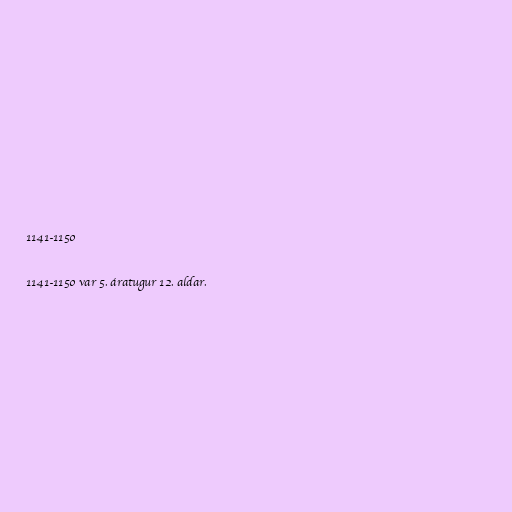
1141-1150

1141-1150 var 5. áratugur 12. aldar.